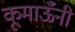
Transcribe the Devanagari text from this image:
कूमाऊँनी